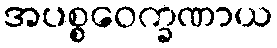
အပစ္စဝေက္ခဏာယ